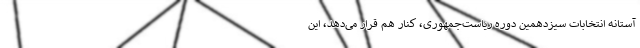
آستانه انتخابات سیزدهمین دوره ریاست‌جمهوری، کنار هم قرار می‌دهد، این